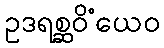
ဥဒရစ္ဆဝိံယေဝ